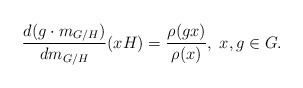
\begin{align*}\frac{d(g \cdot m_{G/H})}{dm_{G/H}}(xH) = \frac{\rho(gx)}{\rho(x)}, \; x,g \in G.\end{align*}